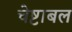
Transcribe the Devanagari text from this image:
चेष्टाबल